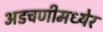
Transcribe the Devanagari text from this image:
अडचणीमध्येर